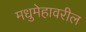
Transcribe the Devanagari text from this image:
मधुमेहावरील